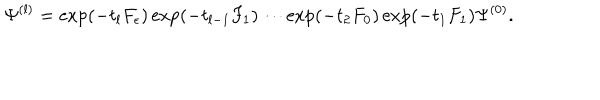
\Psi ^ { ( l ) } = \exp ( - t _ { l } F _ { \epsilon } ) \exp ( - t _ { l - 1 } F _ { 1 } ) \cdots \exp ( - t _ { 2 } F _ { 0 } ) \exp ( - t _ { 1 } F _ { 1 } ) \Psi ^ { ( 0 ) } .